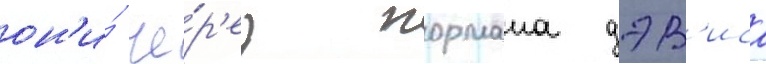
он'и́ че́р'ез нормана дэв'иса